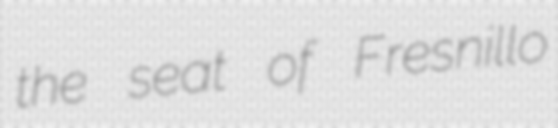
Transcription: the seat of Fresnillo